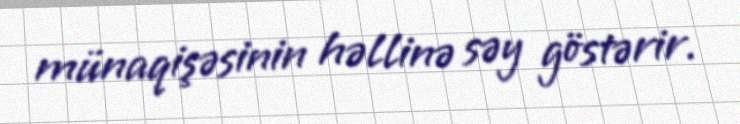
münaqişəsinin həllinə səy göstərir.